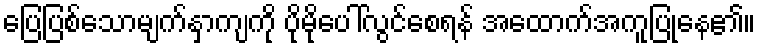
ပြေပြစ်သောမျက်နှာကျကို ပိုမိုပေါ်လွင်စေရန် အထောက်အကူပြုနေ၏။